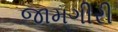
જામગીરી